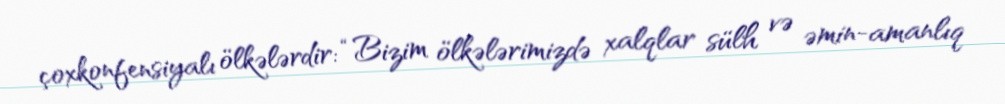
çoxkonfensiyalı ölkələrdir: “Bizim ölkələrimizdə xalqlar sülh və əmin-amanlıq